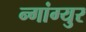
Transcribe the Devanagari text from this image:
न्गांग्युर